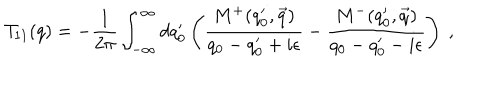
{ \cal T } _ { 1 1 } ( q ) = - \frac { 1 } { 2 \pi } \int _ { - \infty } ^ { \infty } d q _ { 0 } ^ { \prime } \left( \frac { M ^ { + } ( q _ { 0 } ^ { \prime } , \vec { q } ) } { q _ { 0 } - q _ { 0 } ^ { \prime } + i \epsilon } - \frac { M ^ { - } ( q _ { 0 } ^ { \prime } , \vec { q } ) } { q _ { 0 } - q _ { 0 } ^ { \prime } - i \epsilon } \right) ~ ,